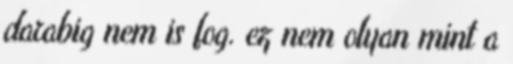
darabig nem is fog. ez nem olyan mint a